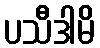
ပသီဒါမိ